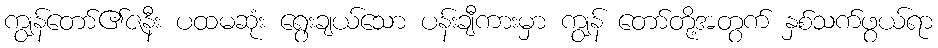
ကျွန်တော်၏ဇနီး ပထမဆုံး ရွေးချယ်သော ပန်းချီကားမှာ ကျွန် တော်တို့အတွက် နှစ်သက်ဖွယ်ရာ